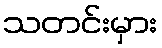
သတင်းမှား